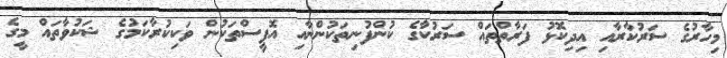
މިހާރުގެ ސަރުކާރާއި އިދިކޮޅު ފަރާތްތައް ސަރުކާުގެ ކުންފުނިތަކުންނާއި އޮފީސްތަކުން ވަކިކުރާކަމުގެ ޝަކުވާތައް މީގެ